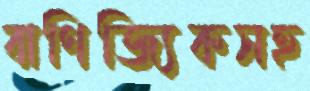
বাণিজ্যিকসহ